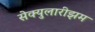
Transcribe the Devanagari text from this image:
सेक्युलारीझम